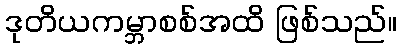
ဒုတိယကမ္ဘာစစ်အထိ ဖြစ်သည်။